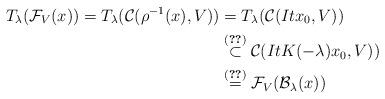
LaTeX: \begin{align*}T_{\lambda}({\mathcal F}_{V}(x))=T_{\lambda}({\mathcal C}(\rho^{-1}(x),V))&=T_{\lambda}({\mathcal C}(Itx_0,V))\\{}&\stackrel{(\ref{hebu})}{\subset}{\mathcal C}(ItK(-\lambda)x_0,V))\\{}&\stackrel{(\ref{jaeinf})}{=}{\mathcal F}_{V}({\mathcal B}_{{\lambda}}(x))\end{align*}